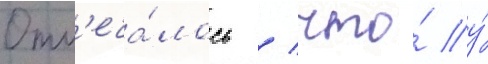
Отм'еча́лось / что́ у́